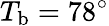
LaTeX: T_{\mathrm{b}}=78^{\circ}